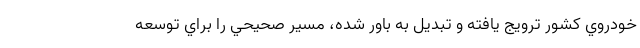
خودروي كشور ترويج يافته و تبديل به باور شده، مسير صحيحي را براي توسعه